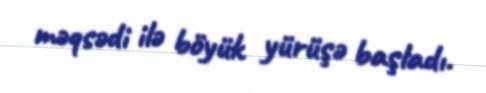
məqsədi ilə böyük yürüşə başladı.